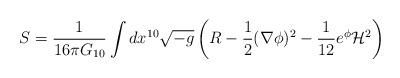
LaTeX: \begin{align*}S = {1 \over {16 \pi G_{10}}} \int dx^{10} \sqrt{-g} \left(R - {1 \over 2}(\nabla \phi)^2 - {1 \over {12}} e^\phi {\cal H}^2 \right)\end{align*}